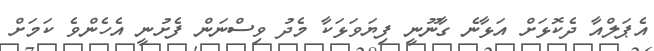
އެޕަލްއާ ދެކޮޅަށް އަޅާނެ ގާނޫނީ ފިޔަވަޅަކާ މެދު ވިސްނަން ފެށުނީ އެހެންވެ ކަމަށް